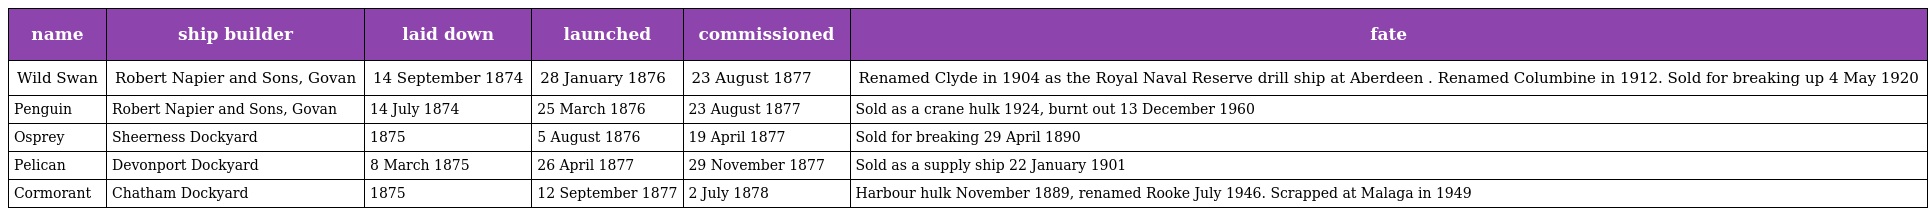
| name | ship builder | laid down | launched | commissioned | fate |
 | --- | --- | --- | --- | --- | --- |
 | Wild Swan | Robert Napier and Sons, Govan | 14 September 1874 | 28 January 1876 | 23 August 1877 | Renamed Clyde in 1904 as the Royal Naval Reserve drill ship at Aberdeen . Renamed Columbine in 1912. Sold for breaking up 4 May 1920 |
 | Penguin | Robert Napier and Sons, Govan | 14 July 1874 | 25 March 1876 | 23 August 1877 | Sold as a crane hulk 1924, burnt out 13 December 1960 |
 | Osprey | Sheerness Dockyard | 1875 | 5 August 1876 | 19 April 1877 | Sold for breaking 29 April 1890 |
 | Pelican | Devonport Dockyard | 8 March 1875 | 26 April 1877 | 29 November 1877 | Sold as a supply ship 22 January 1901 |
 | Cormorant | Chatham Dockyard | 1875 | 12 September 1877 | 2 July 1878 | Harbour hulk November 1889, renamed Rooke July 1946. Scrapped at Malaga in 1949 |